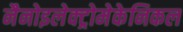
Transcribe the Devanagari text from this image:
नैनोइलेक्ट्रोमेकेनिकल